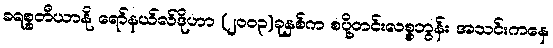
ခရစ္စတီယာနို ရော်နယ်လ်ဒိုဟာ (၂၀၀၃)ခုနှစ်က စပို့တင်းလစ္စဘွန်း အသင်းကနေ